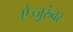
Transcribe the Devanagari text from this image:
ऐज्जूरुंवर